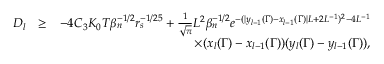
\begin{array} { r l r } { D _ { l } } & { \geq } & { - 4 C _ { 3 } K _ { 0 } T \beta _ { n } ^ { - 1 \slash 2 } r _ { s } ^ { - 1 \slash 2 5 } + \frac { 1 } { \sqrt { \pi } } L ^ { 2 } \beta _ { n } ^ { - 1 \slash 2 } e ^ { - ( | y _ { l - 1 } ( \Gamma ) - x _ { l - 1 } ( \Gamma ) | L + 2 L ^ { - 1 } ) ^ { 2 } - 4 L ^ { - 1 } } } \\ & { } & { \quad \quad \quad \quad \quad \quad \quad \quad \quad \quad \times ( x _ { l } ( \Gamma ) - x _ { l - 1 } ( \Gamma ) ) ( y _ { l } ( \Gamma ) - y _ { l - 1 } ( \Gamma ) ) , } \end{array}